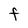
Character: F